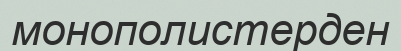
монополистерден